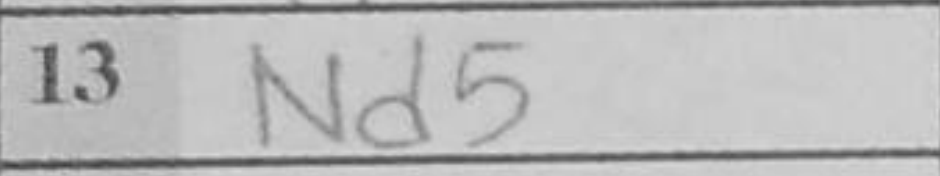
Transcription: Nd5